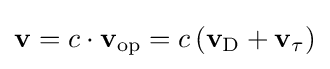
\mathbf {v} =c\cdot \mathbf {v} _{\textrm {op}}=c\left(\mathbf {v} _{\textrm {D}}+\mathbf {v} _{\tau }\right)